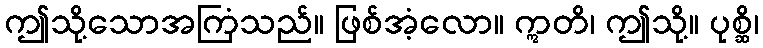
ဤသို့သောအကြံသည်။ ဖြစ်အံ့လော။ ဣတိ၊ ဤသို့။ ပုစ္ဆိ၊